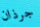
جرذان